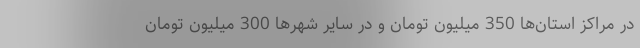
در مراکز استان‌ها 350 میلیون تومان و در سایر شهر‌ها 300 میلیون تومان